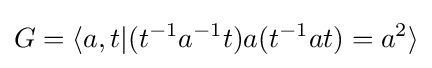
G=\langle a,t|(t^{-1}a^{-1}t)a(t^{-1}at)=a^{2}\rangle